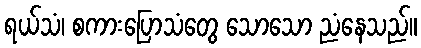
ရယ်သံ၊ စကားပြောသံတွေ သောသော ညံနေသည်။